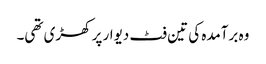
وہ برآمدہ کی تین فٹ دیوار پر کھڑی تھی۔